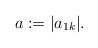
\begin{align*}a:= |a_{1k}|.\end{align*}